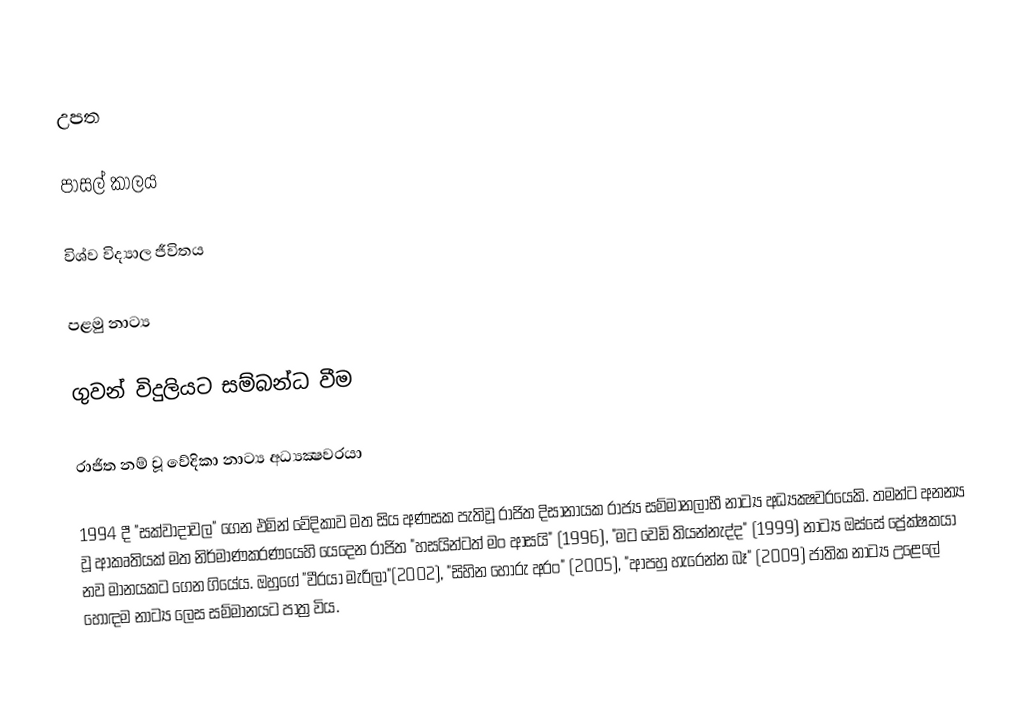

උපත

පාසල් කාලය

විශ්ව විද්‍යාල ජීවිතය

පළමු නාට්‍ය

ගුවන් විදුලියට සම්බන්ධ වීම

රාජිත නම් වූ වේදිකා නාට්‍ය අධ්‍යක්‍ෂවරයා

1994 දී "සක්‌වාදාවල" ගෙන එමින් වේදිකාව මත සිය අණසක පැතිවූ රාජිත දිසානායක රාජ්‍ය සම්මානලාභී නාට්‍ය අධ්‍යක්‍ෂවරයෙකි. තමන්ට අනන්‍ය වූ ආකෘතියක්‌ මත නිර්මාණකරණයෙහි යෙදෙන රාජිත "හසයින්ටත් මං ආසයි" (1996), "මට වෙඩි තියන්නැද්ද" (1999) නාට්‍ය ඔස්‌සේ ප්‍රේක්‌ෂකයා නව මානයකට ගෙන ගියේය. ඔහුගේ "වීරයා මැරිලා"(2002), "සිහින හොරු අරං" (2005), "ආපහු හැරෙන්න බෑ" (2009) ජාතික නාට්‍ය උළෙලේ හොඳම නාට්‍ය ලෙස සම්මානයට පාත්‍ර විය.